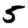
Digit: 5